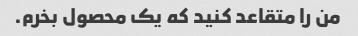
من را متقاعد کنید که یک محصول بخرم.